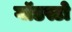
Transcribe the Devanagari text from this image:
गॉडस्टो